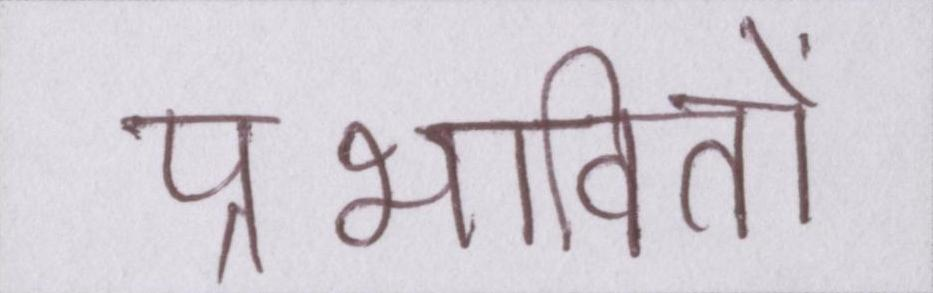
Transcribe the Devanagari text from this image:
प्रभावितों